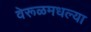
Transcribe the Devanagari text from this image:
वेरूळमधल्या